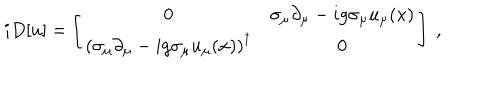
i D [ u ] = \left[ \begin{array} { c c } { { 0 } } & { { \sigma _ { \mu } \partial _ { \mu } - i g \sigma _ { \mu } u _ { \mu } ( x ) } } \\ { { \left( \sigma _ { \mu } \partial _ { \mu } - i g \sigma _ { \mu } u _ { \mu } ( x ) \right) ^ { \dagger } } } & { { 0 } } \\ \end{array} \right] \ ,